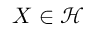
X \in { \mathcal { H } }